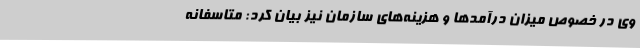
وی در خصوص میزان درآمدها و هزینه‌های سازمان نیز بیان کرد: متاسفانه